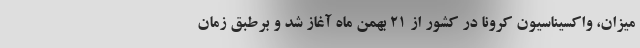
میزان، واکسیناسیون کرونا در کشور از ۲۱ بهمن ماه آغاز شد و برطبق زمان